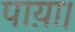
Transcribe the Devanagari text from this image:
पाय़ा।